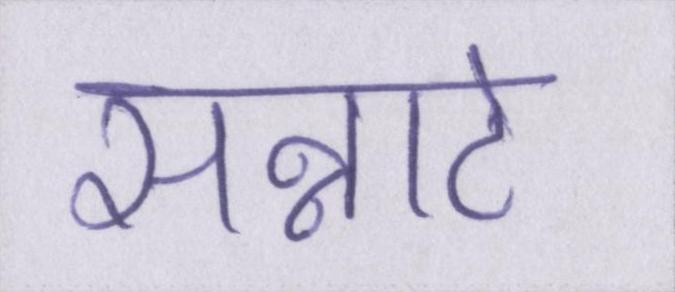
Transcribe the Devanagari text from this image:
सन्नाटे